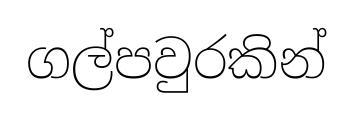
ගල්පවුරකින්